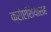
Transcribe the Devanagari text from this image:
क्रोएशियासह